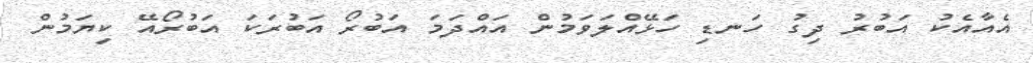
އެއާއެކު އަބުރު ދިގު ހަނޑި ހަޅޭއްލަވަމުން އައްދަމަ އަބުރޯ އަބުރަކަ އަބުރޯއޭ ކިޔަމުން